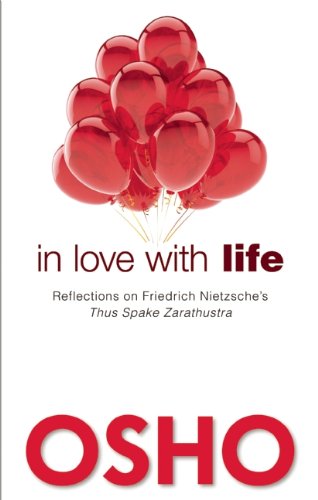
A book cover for In Love with Life: Reflections on Friedrich Nietzsche's Thus Spake Zarathustra; Osho; Religion & Spirituality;